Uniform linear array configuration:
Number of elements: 16
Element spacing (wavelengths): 1
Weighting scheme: cosine
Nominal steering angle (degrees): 0
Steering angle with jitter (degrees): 1.64
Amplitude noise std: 0.05
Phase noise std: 0.05

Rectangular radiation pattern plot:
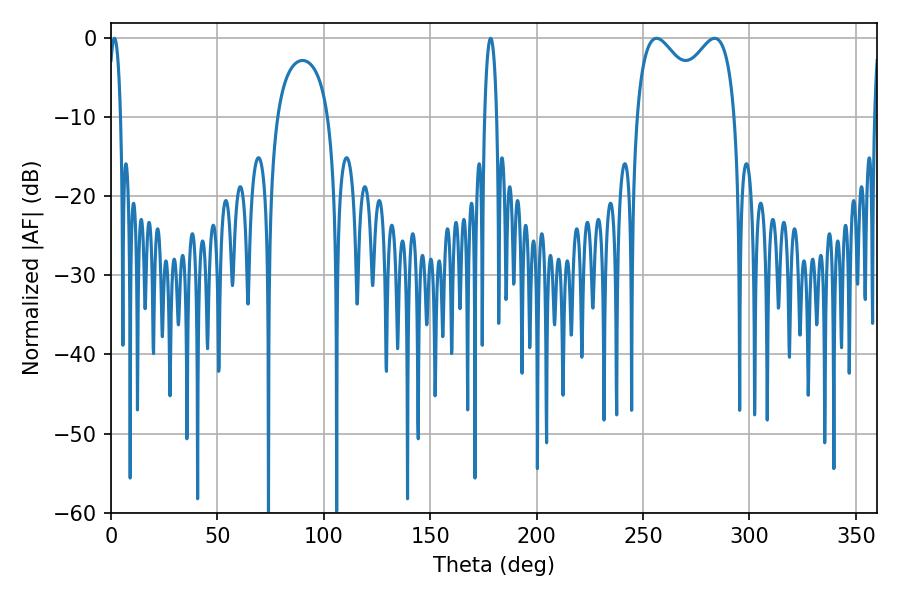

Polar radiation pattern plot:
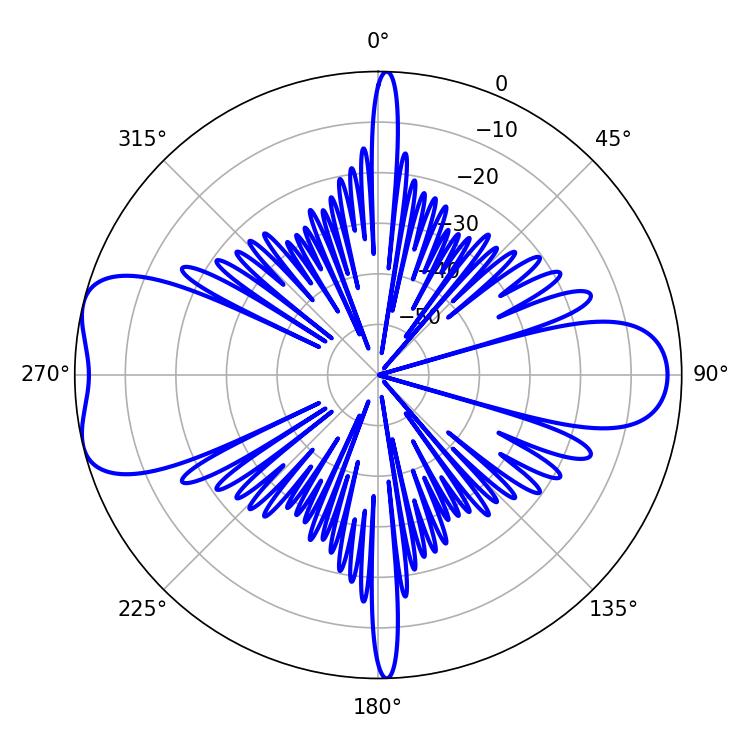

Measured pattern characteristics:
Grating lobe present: TRUE
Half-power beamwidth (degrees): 3.24
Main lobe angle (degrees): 1.62